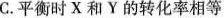
C.平衡时X和Y的转化率相等